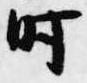
時